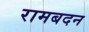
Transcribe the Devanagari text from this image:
रामबदन